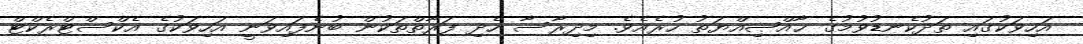
އަހިވަކުގައި ތަދުކެނޑުވުމުގެ ޚާއްޞިއްޔަތު ހުރެއެވެ. މިދިރާސާ ހެދި ފަރާތްތަކުން ބުނެފައިވަނީ އަހިވަކުގެ އެކްސްޓްރެކްޓް